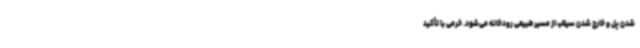
شدن پل و خارج شدن سیلاب از مسیر طبیعی رودخانه می‌شود. خرمی با تأکید